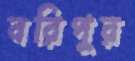
বরিপুর